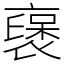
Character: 襃